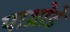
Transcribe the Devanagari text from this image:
पाथ्रोडे